Vaccination in Bombay 1869-1873 - 1869-1873
Year: 1869
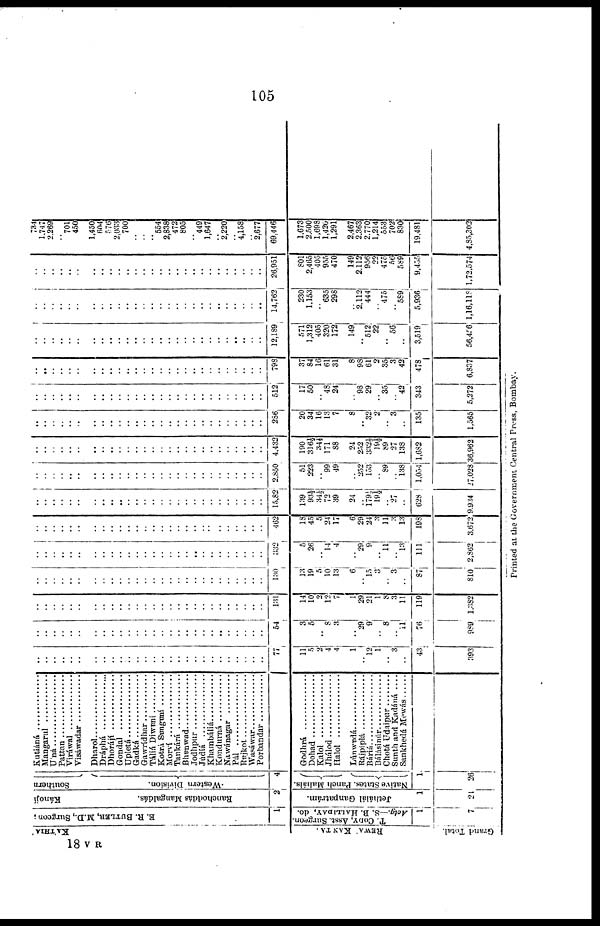
105
KA'THIA '
REWA' KANTA .
Grand Total.
B. R. BUTLER, M.D., Surgeon ;
1
T. CODY, Asst. Surgeon.
Actg.—S. B. HALLIDAY, do.
1
7
Kánojí
Ranchoddás Mangaldás.
2
Jethálál Ganpatrám.
1
21
Southern
Western Division.
4
Panch Maháls.
Native States.
1
26
Kutiáná ..............
Mangarul .............
U'ná
Pattan ..............
Viráwal ............
Visáwadar ..............
Dharol .............
Dráphá ................
Dhorájí
Gondal
Upletá ...........
Gadká ..........
Gawrídhar ..............
Táliá Diwaní ...........
Kotrá Sanganí ..........
Morví ...........
Tankárá ...............
Bhanwad
Jodhpur
Jùdíá
Khambliá ............
Kondurná ..............
Nawánagar ..........
Pál
Rajkot ...............
Wasáwar
Porbandar ........
Godhrá .............
Dohad
Kalol
Jhálod ................
Halol ..............
Lúnwadá ...........
Rájpíplá
Báriá
Bálásinúr ............
Chotá Udaipur
Sunth and Kadáná ....
Sankhedá Mewás
..
..
..
..
.. ..
..
..
..
..
..
..
..
..
..
..
..
..
..
..
..
..
..
..
..
..
..
77
11
5
2
4
4
1
.. 12
1
.. 3
..
43
393
..
..
..
..
.. ..
..
..
..
..
..
..
..
..
..
..
..
..
..
..
..
..
..
..
.. ..
..
54
3
5
.. 8
3
..
29
9
.. 8
..
11
76
989
..
..
..
..
.. ..
..
..
..
..
..
..
..
..
..
..
..
..
..
..
..
..
..
..
..
..
..
131
14
10
2
12
7
1
29
21
1
8
3
11
119
1,382
..
..
..
..
.. ..
..
..
..
..
..
..
..
..
..
..
..
..
..
..
..
..
..
..
..
..
..
130
13
19
5
10
13
6
..
15
3
..
3
..
87
810
..
..
..
..
.. ..
..
..
..
..
..
..
..
..
..
..
..
.. ..
..
..
..
..
..
..
..
..
332
5
26
.. 14
4
..
29
9
.. 11
13
111
2,862
..
..
..
..
.. ..
..
..
..
..
..
..
..
..
..
..
..
..
..
..
..
..
..
..
..
..
..
462
18
45
5
24
17
6
29
24
3
11
3
13
198
3,672
..
..
..
..
.. ..
..
..
.. ..
..
..
..
..
..
..
..
..
..
..
..
..
..
..
..
..
..
15,82
139
93½
34½
72
39
24
.. 179½
19½
.. 27
..
628
9,934
..
..
..
..
.. ..
..
..
..
..
..
..
..
..
..
..
..
..
..
..
..
..
..
..
..
..
..
2,850
51
223
.. 99
49
..
252
153
.. 89
138
1,054
27,028
..
..
..
..
.. ..
..
..
..
..
..
..
..
..
..
..
..
..
..
..
..
..
..
..
..
..
..
4,432
190
316½
34½
171
88
24
252
332½
19½
89
27
138
1,682
36,962
..
..
..
..
.. ..
..
..
..
..
..
..
..
..
..
..
..
..
..
..
..
..
..
..
..
..
..
286
20
34
16
13
7
8
.. 32
2
.. 3
..
135
1,565
..
..
..
..
.. ..
..
..
..
..
..
..
..
..
..
..
..
..
..
..
..
..
..
..
..
..
..
512
17
50
.. 48
24
..
98
29
.. 35
.. 42
343
5,272
..
..
..
..
.. ..
..
..
..
..
..
..
..
..
..
..
..
..
..
..
..
..
..
..
..
..
..
798
37
84
16
61
31
8
98
61
2
35
3
42
478
6,837
..
..
..
..
.. ..
..
..
..
..
..
..
..
..
..
..
..
..
..
..
..
..
.. ..
..
..
..
12,189
571
1,312
405
320
172
149
.. 512
22
.. 56!
..
3,519
56,456
..
..
..
..
.. ..
..
..
..
..
..
..
..
..
..
..
..
..
..
..
..
..
..
..
..
..
..
14,762
230
1,153
.. 635
298
..
2,112
444
.. 475
..
589
5,936
1,16,118
..
..
..
..
.. ..
..
..
..
..
..
..
..
..
..
..
..
..
..
..
..
..
..
..
..
..
..
26,951
801
2,465
405
955
470
149
2,112
956
22
475
56
589
9,455
1,72.574
734
1,747
2,269
.. 701
450
1,450
604
576
2,033
700
..
..
.. 554
2,838
472
805
.. 449
1,647
.. 2,220
.. 4,158
.. 2,677
69,446
1,673
2,500
1,698
1,420
1,291
2,467
2,363
2,770
1,214
553
702
830
19,481
4,85,302
Priented at the Government
Central Press, Bombay
18 V R